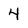
Character: 4